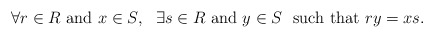
\begin{align*}\forall r \in R\textrm{ and } x \in S,\ \ \exists s \in R \textrm{ and } y \in S\ \textrm{ such that } ry = xs.\end{align*}